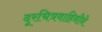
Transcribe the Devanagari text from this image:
दूरचित्रवाहिनीने